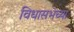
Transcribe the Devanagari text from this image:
विधासभेच्या